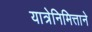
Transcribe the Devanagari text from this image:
यात्रेनिमित्ताने